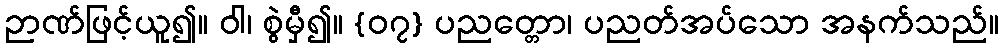
ဉာဏ်ဖြင့်ယူ၍။ ဝါ၊ စွဲမှီ၍။ {၀၇} ပညတ္တော၊ ပညတ်အပ်သော အနက်သည်။